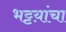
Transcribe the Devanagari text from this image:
भट्टय़ांचा